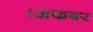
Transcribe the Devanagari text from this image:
।अकबर